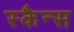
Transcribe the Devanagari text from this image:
स्कैन्स